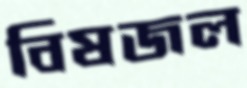
বিষজল